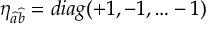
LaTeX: \eta _ { \widehat { a } \widehat { b } } = d i a g ( + 1 , - 1 , \ldots - 1 )